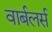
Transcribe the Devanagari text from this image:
वार्बलर्स